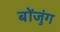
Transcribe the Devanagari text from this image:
बोंजुंग